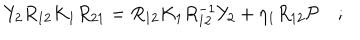
LaTeX: Y _ { 2 } R _ { 1 2 } K _ { 1 } R _ { 2 1 } = R _ { 1 2 } K _ { 1 } R _ { 1 2 } ^ { - 1 } Y _ { 2 } + \eta _ { 1 } R _ { 1 2 } { \cal P } \quad ; \,